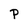
Character: P